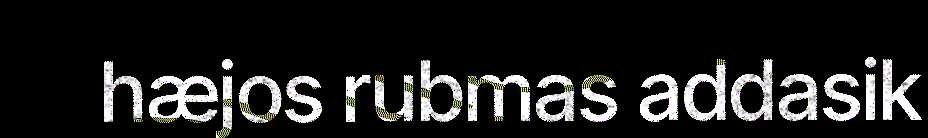
hæjos rubmas addasik